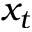
x _ { t }